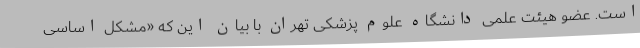
است. عضو هیئت علمی دانشگاه علوم پزشکی تهران با بیان این که «مشکل اساسی